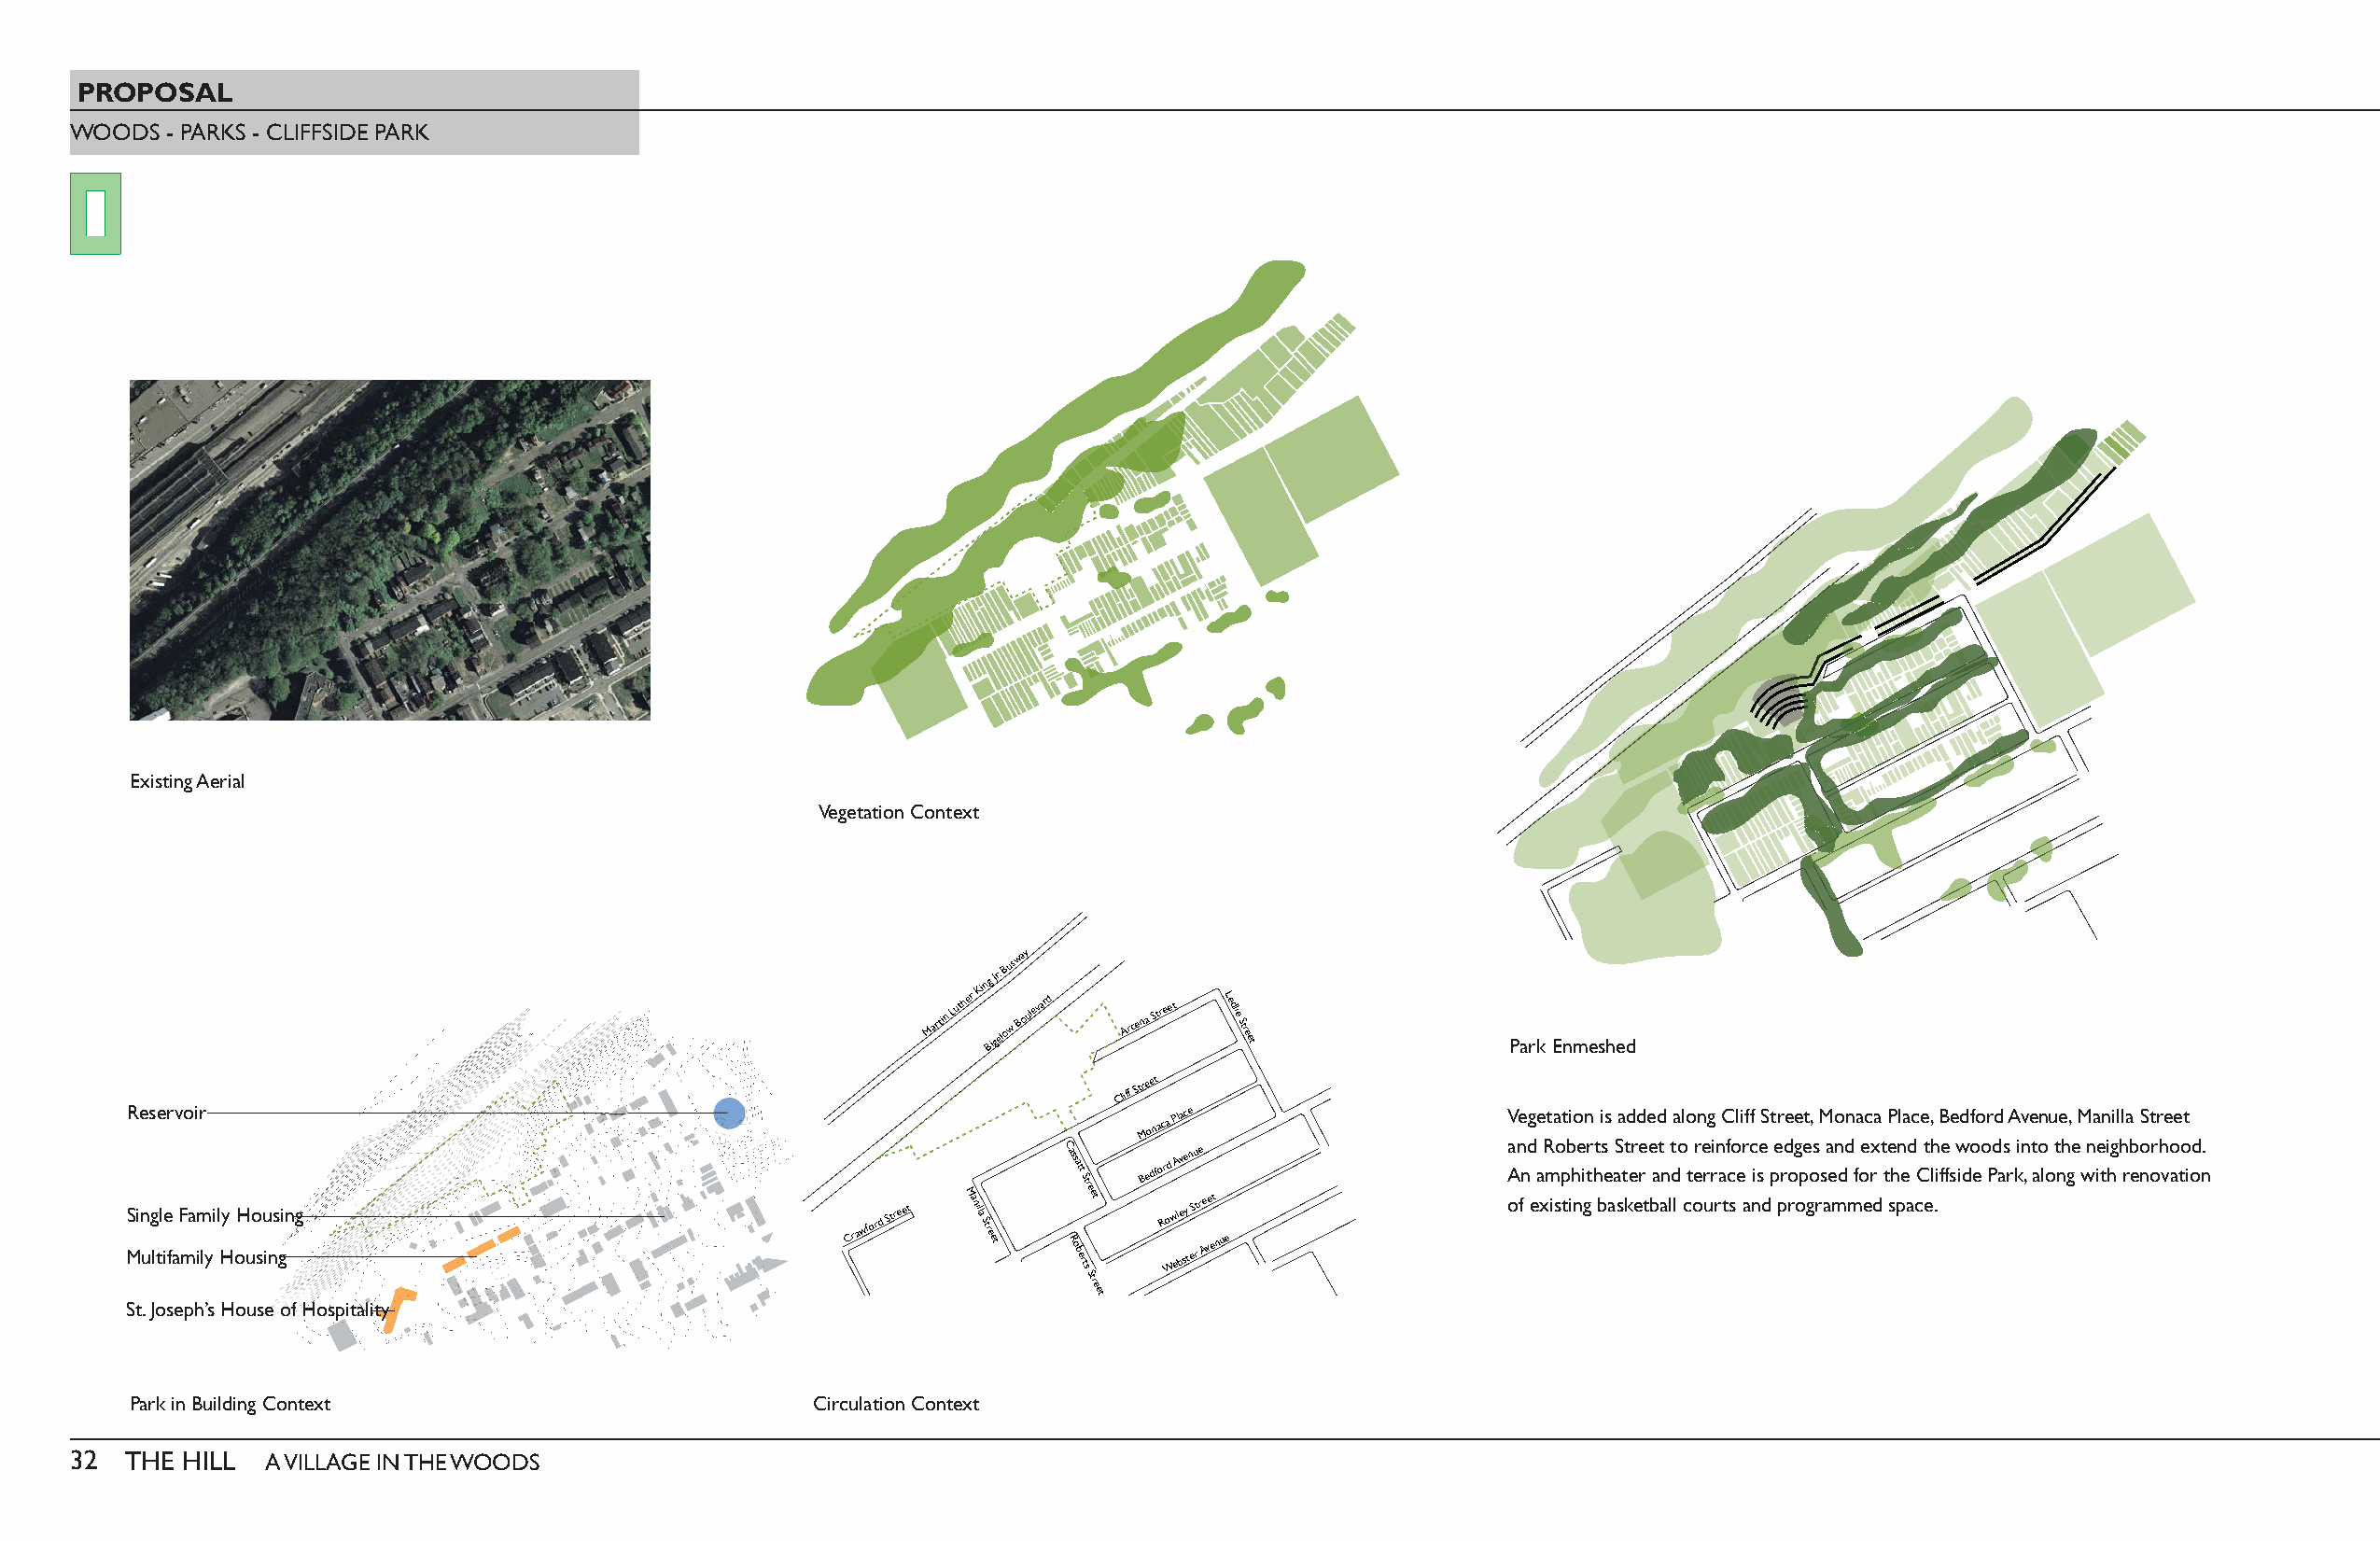
PROPOSAL
 WOODS  - PARKS - CLIFFSIDE PARK
 Existing Aerial
 Vegetation Context
 Martin
 Luther
 Kin Bg
 i
 J gr.
 e
 lB ou ws w Ba oy
 ulevard
 Arcena
 Street Ledlie
 Street
 Park Enmeshed
 Cliff
 Street
 Reservoir
 Monaca
 Place                   Vegetation is added along Cliff Street, Monaca Place, Bedford Avenue, Manilla Street
 and Roberts Street to reinforce edges and extend the woods into the neighborhood.
 MSin ug ltl ie
 fa
 F ma im lyi l Hy oH uo su ins ging             Crawford Street M anilla Street
 C a Rs osa bt et
 r
 S tst r Se te rt
 eet
 Bedfo Rr Wod
 w
 eA
 l
 bv
 e
 sye
 t
 n
 eS
 ru
 t
 re
 Ae ve et
 nue
 A ofn
 e
 a xm isp tih ni gt h be aa st ke er
 t
 ba an ld
 l
 ct oer ur ra tc se
 a
 nis
 d
 p pr ro op go rs ae md
 m
 fo er
 d
 t sh pe
 a
 cC el .iffside Park, along with renovation
 St. Joseph’s House of Hospitality
 Park in Building Context                         Circulation Context
 32  THE HILL  A VILLAGE IN THE WOODS